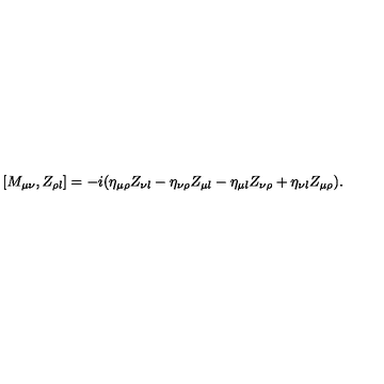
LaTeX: [ M _ { \mu \nu } , Z _ { \rho \l } ] = - i ( \eta _ { \mu \rho } Z _ { \nu \l } - \eta _ { \nu \rho } Z _ { \mu \l } - \eta _ { \mu \l } Z _ { \nu \rho } + \eta _ { \nu \l } Z _ { \mu \rho } ) .